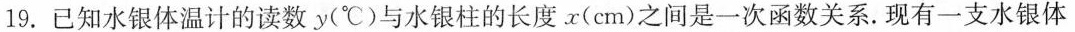
19.已知水银体温计的读数y(^{\circ} C)与水银柱的长度x(cm)之间是一次函数关系.现有一支水银体